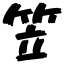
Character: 笠